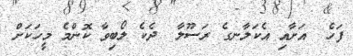
ފަހެ  އަށާއި އެކަލާނގެ ރަސޫލާ  ދެކެ ލޯބިވާ ކޮންމެ މީހަކަށް